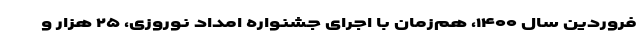
فروردین سال ۱۴۰۰، هم‌زمان با اجرای جشنواره امداد نوروزی، ۲۵ هزار و